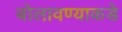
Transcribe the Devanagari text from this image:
बोलावण्याकडे